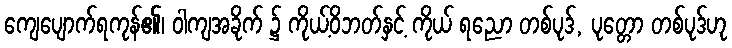
ကျေပျောက်ရကုန်၏၊ ဝါကျအခိုက် ၌ ကိုယ့်ဝိဘတ်နှင့် ကိုယ် ရညော တစ်ပုဒ်, ပုတ္တော တစ်ပုဒ်ဟု